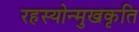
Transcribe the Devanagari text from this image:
रहस्योन्मुखकृति